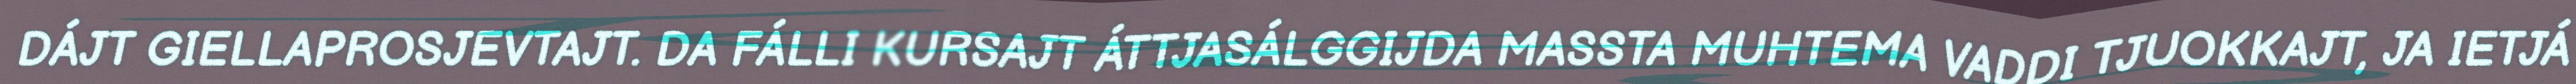
DÁJT GIELLAPROSJEVTAJT. DA FÁLLI KURSAJT ÁTTJASÁLGGIJDA MASSTA MUHTEMA VADDI TJUOKKAJT, JA IETJÁ